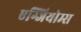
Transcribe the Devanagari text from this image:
एग्जियोम्स